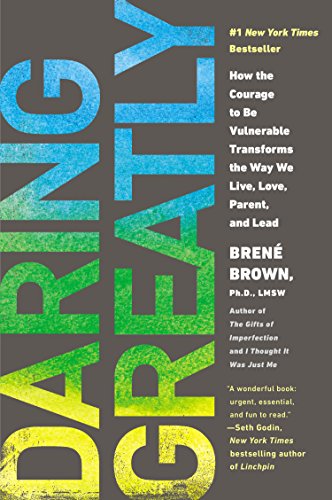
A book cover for Daring Greatly: How the Courage to Be Vulnerable Transforms the Way We Live, Love, Parent, and Lead; BrenÃ© Brown; Self-Help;